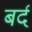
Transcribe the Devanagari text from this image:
बर्द